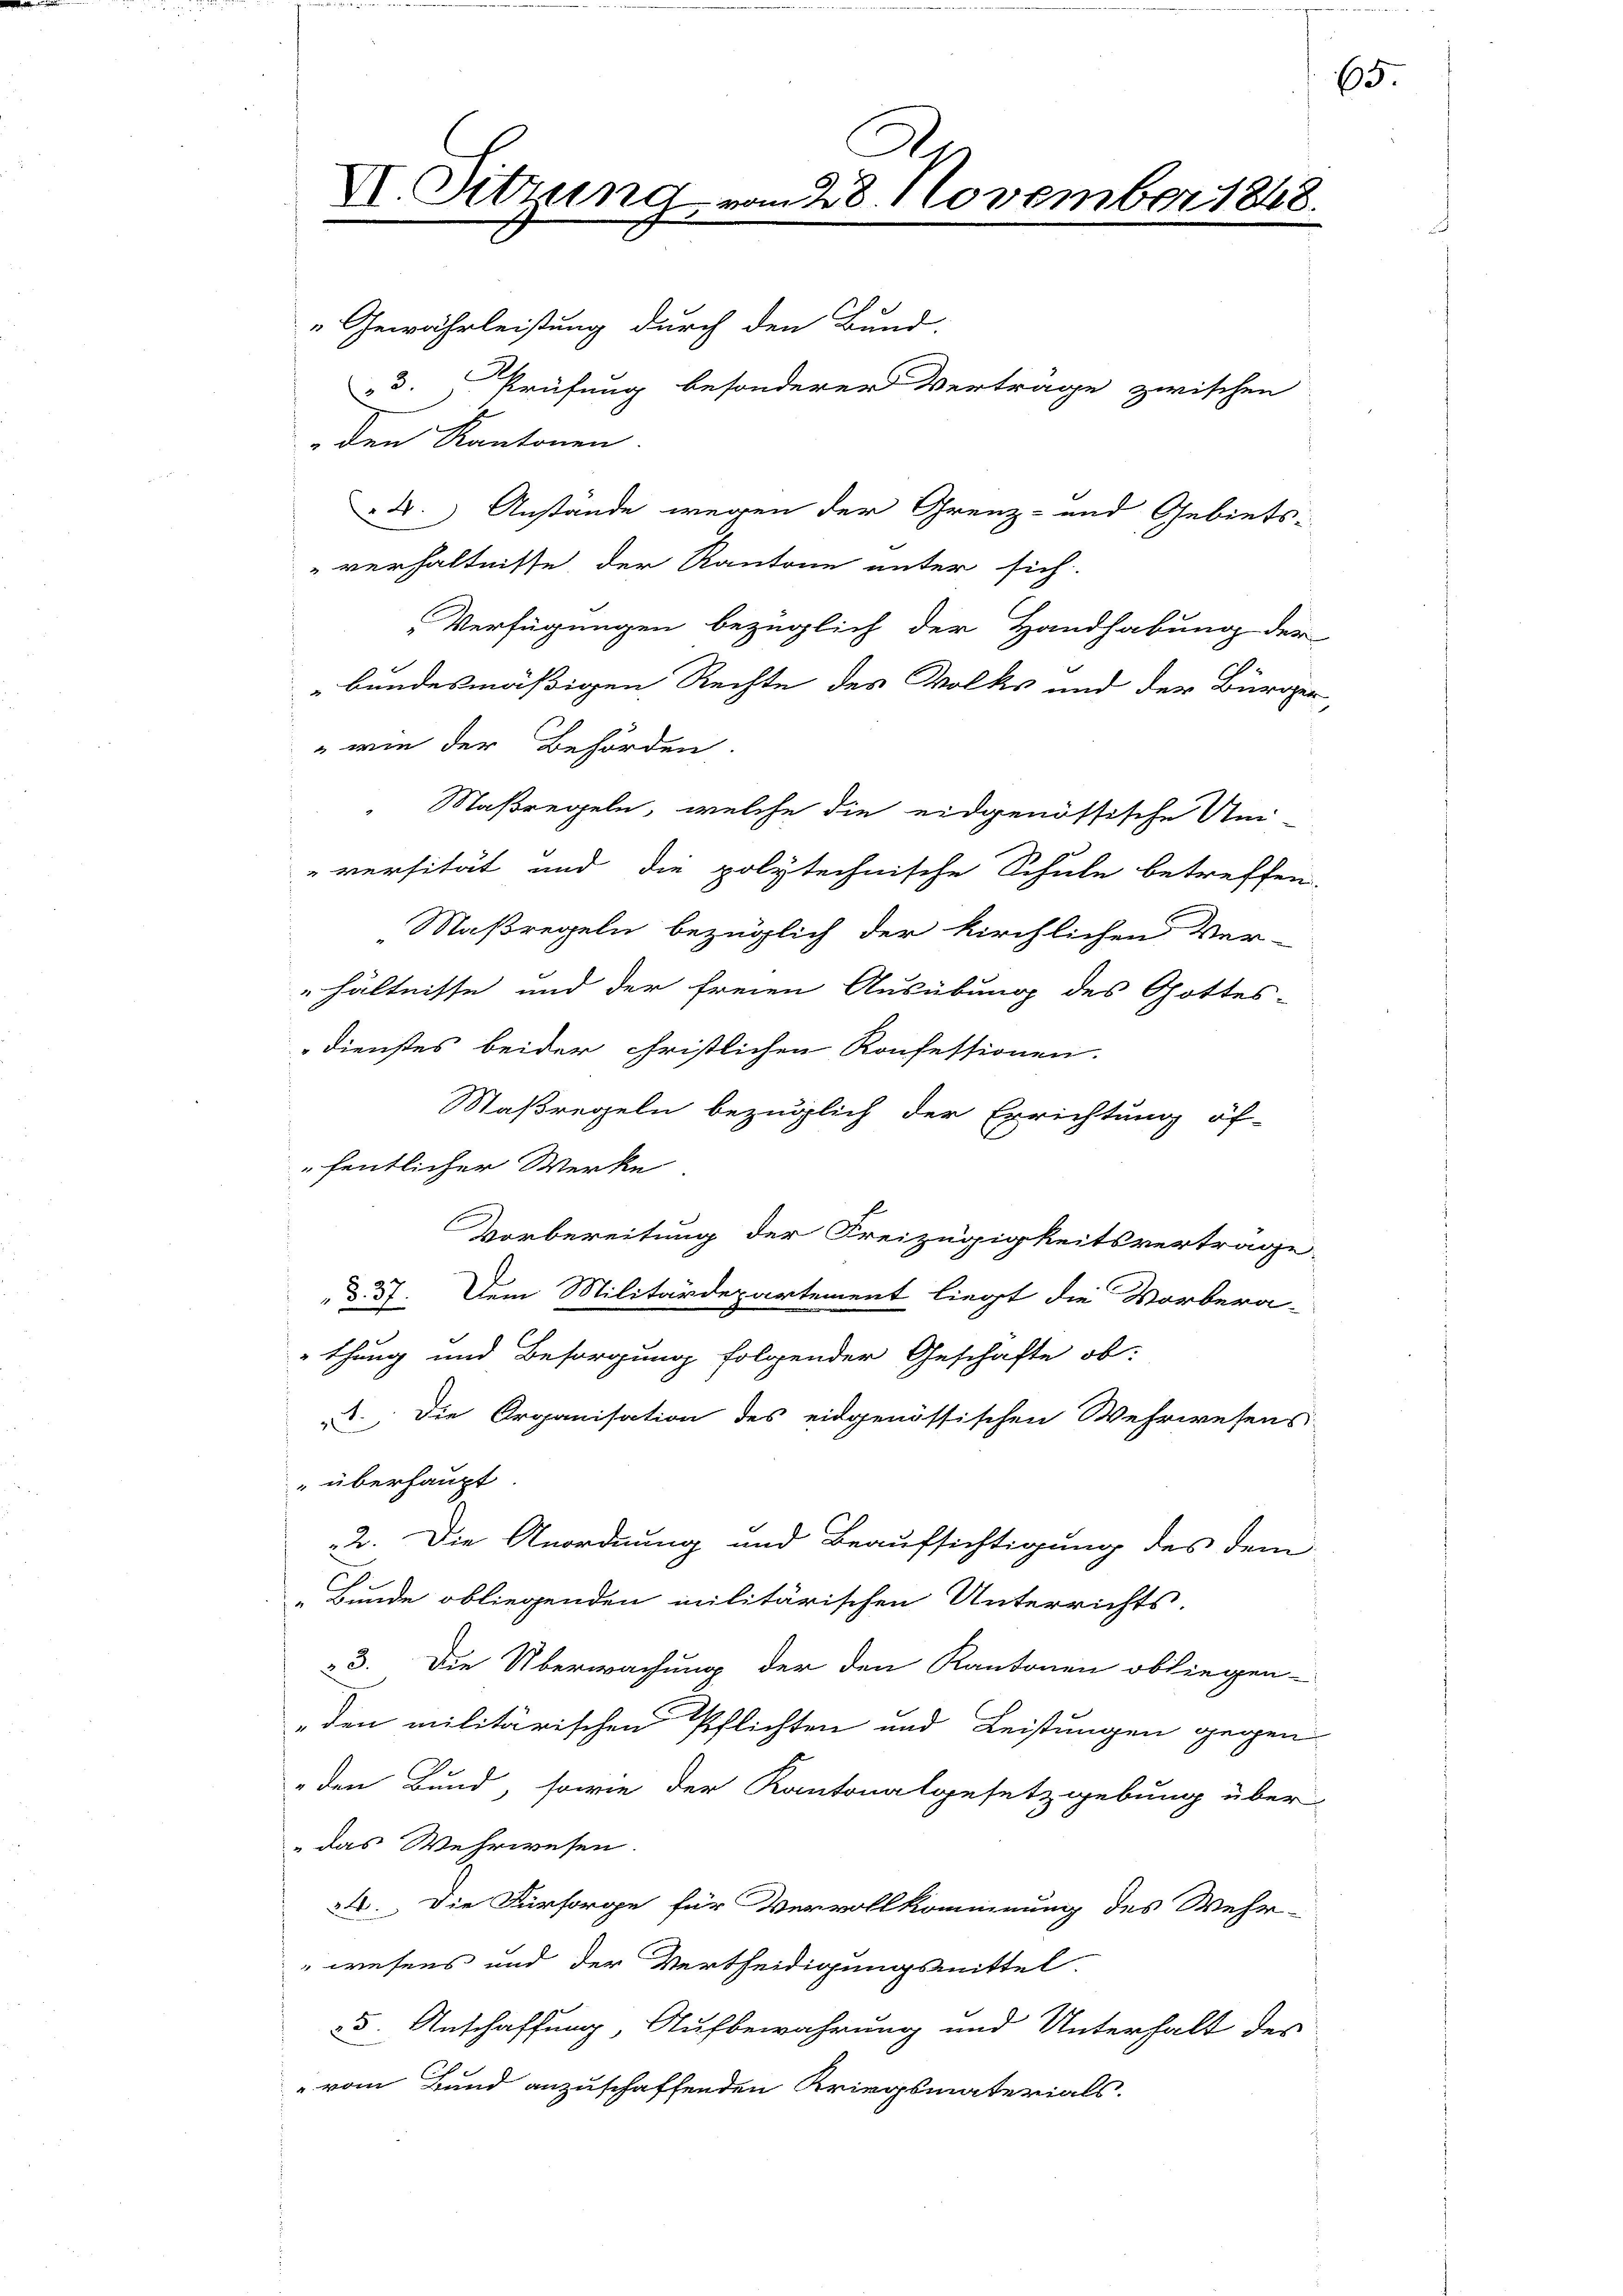
A
X. Sitzung vom 28. November 1848.

d.) Anstände wegen der Grenz- und Gebiets-
verhältnisse der Kantone unter sich
Verfügungen bezüglich der Handhabung der
bundesmäßigen Rechte des Volks und der Bürger
" wie der Behörden.
 Maßregeln, welche die eidgenössische Uni-
" versität und die polytechnische Schule betreffen.
Maßregeln bezüglich der kirchlichen Ver-
hältnisse und der freien Ausübung des Gottes-
Dienstes beider cristlichen Konfestionen.
Maßregeln bezüglich der Errichtung öf-
fentlicher Werke
Vorbereitung der Freizügigkeitsvertrage.
§. 57. Dem Militärdepartement liegt die Vorbera-
thung und Besorgung folgender Geschäfte ob:
d. Die Organisation des eidgenössischen Wehrwesens
 überhaupt.
2. Die Anordnung und Beaufsichtigung des dem
„Bunde obliegenden militärischen Unterrichts.
3. Die Überwachung der den Kantonen obliegen-
„den militärischen Pflichten und Leistungen gegen
„den Bund, sowie der Kantonalgesetzgebung über
"das Wehrwesen.
24. Die Fürsorge für Vervollkommnung des Wehr-
" Briefens und der Vertheidigungsmittel
25. Anschaffung, Aufbewahrung und Unterhalt des
 vom Bund anzuschaffenden Kriegsmaterials.

„Gewährleistung durch den Bund.
33.) Prüfung besonderer Vertrage zwischen
 den Kantonen.

65.